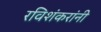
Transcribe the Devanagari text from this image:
रविशंकरांनी